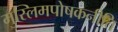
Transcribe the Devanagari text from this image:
मुस्लिमपोषकनीति